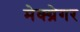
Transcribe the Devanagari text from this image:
मेक्ग्रेगर